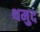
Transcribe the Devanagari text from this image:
थमुद